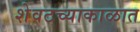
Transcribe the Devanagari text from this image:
शेवटच्याकाळात